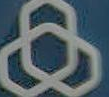
ه